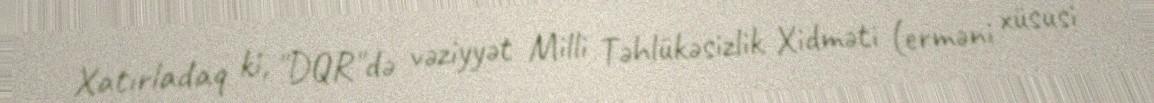
Xatırladaq ki, "DQR"də vəziyyət Milli Təhlükəsizlik Xidməti (erməni xüsusi